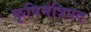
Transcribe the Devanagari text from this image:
कृषिमंत्रिपद